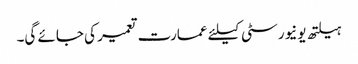
ہیلتھ یونیورسٹی کیلئے عمارت تعمیر کی جائے گی۔